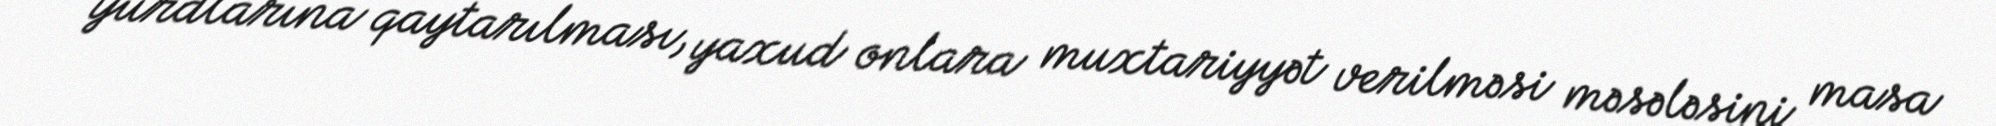
yurdlarına qaytarılması, yaxud onlara muxtariyyət verilməsi məsələsini masa